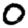
Digit: 0